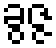
ခွဇ္ဇ